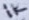
Text: 1K